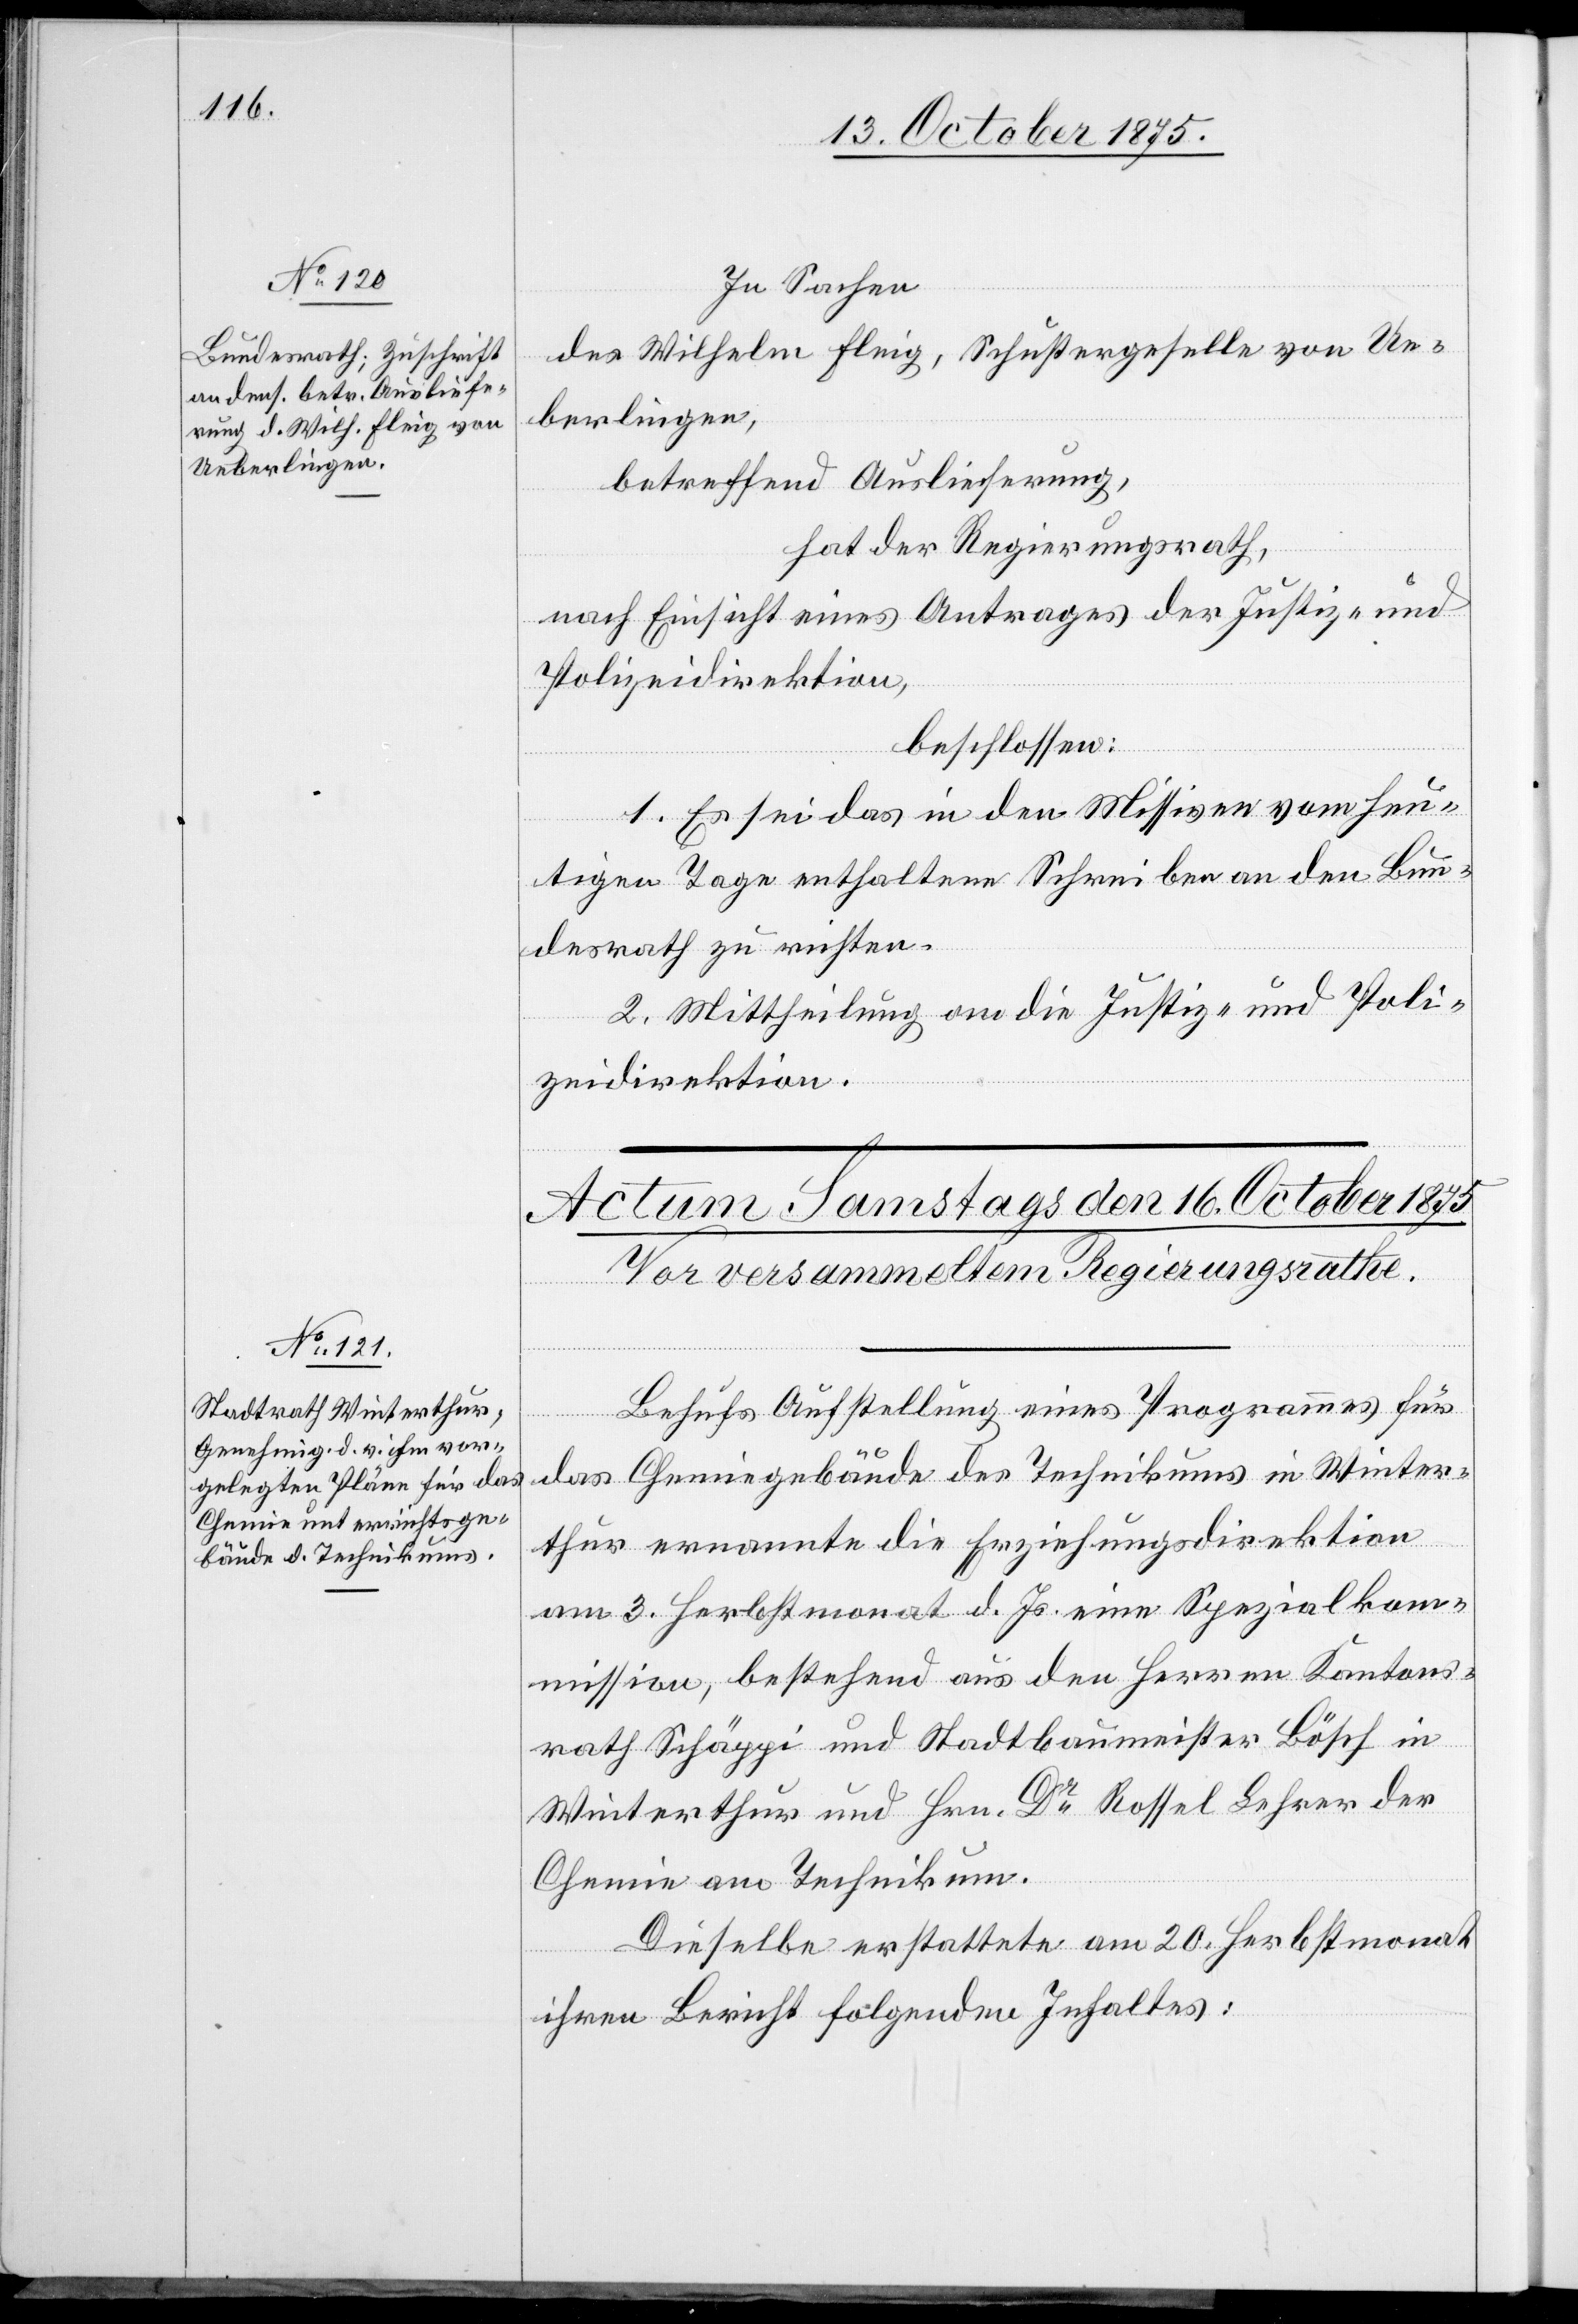
14. October 1875.]
In Sachen
des Wilhelm Fleig, Schustergeselle von Ue¬
berlingen,
betreffend Auslieferung,
hat der Regierungsrath,
nach Einsicht eines Antrages der Justiz- und
Polizeidirektion,
beschlossen:
1. Es sei das in den Missiven vom heu¬
tigen Tage enthaltene Schreiben an den Bun¬
desrath zu richten.
2. Mittheilung an die Justiz- und Poli¬
zeidirektion.
Behufs Aufstellung eines Programmes für
das Chemiegebäude des Technikums in Winter¬
thur ernannte die Erziehungsdirektion
am 3. Herbstmonat d. Js. eine Spezialkom¬
mission, bestehend aus den Herren Kantons¬
rath Schäppi und Stadtbaumeister Bösch in
Winterthur und Hrn. Dr Rossel Lehrer der
Chemie am Technikum.
Dieselbe erstattete am 20. Herbstmonat
ihren Bericht folgenden Inhaltes: